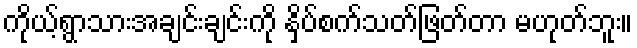
ကိုယ့်ရွာသားအချင်းချင်းကို နှိပ်စက်သတ်ဖြတ်တာ မဟုတ်ဘူး။